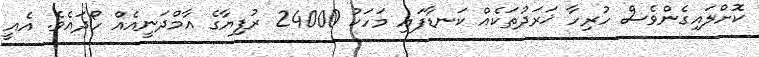
ކޮށްލައިގެންވެސް ހުރިހާ ޚަރަދުތަކެއް ކަނޑާފައި މަހަކު 24000 ރުފިޔާގެ އާމްދަނީއެއް ހޯދައެވެ. އެއީ